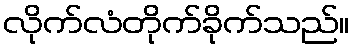
လိုက်လံတိုက်ခိုက်သည်။